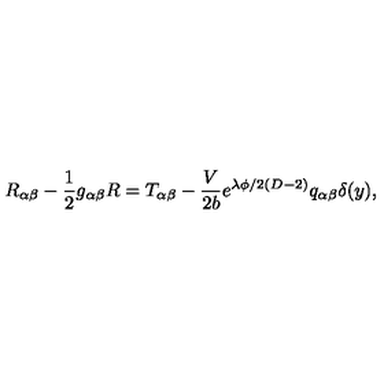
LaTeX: R _ { \alpha \beta } - \frac { 1 } { 2 } g _ { \alpha \beta } R = T _ { \alpha \beta } - \frac { V } { 2 b } e ^ { \lambda \phi / 2 ( D - 2 ) } q _ { \alpha \beta } \delta ( y ) ,